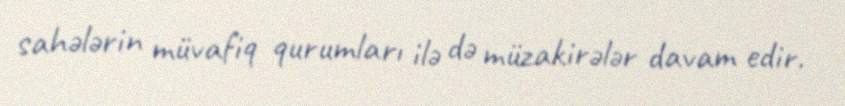
sahələrin müvafiq qurumları ilə də müzakirələr davam edir.